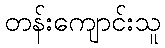
တန်းကျောင်းသူ